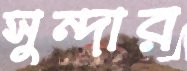
সুন্দার